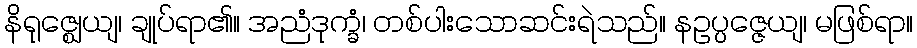
နိရုဇ္ဈေယျ၊ ချုပ်ရာ၏။ အညံဒုက္ခံ၊ တစ်ပါးသောဆင်းရဲသည်။ နဥပ္ပဇ္ဇေယျ၊ မဖြစ်ရာ။